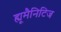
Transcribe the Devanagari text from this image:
ह्यूमैनिटिज